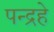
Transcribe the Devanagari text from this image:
पन्द्रहे